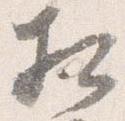
相